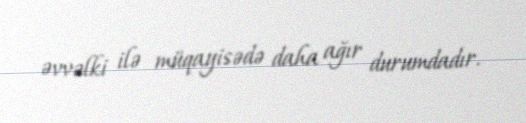
əvvəlki ilə müqayisədə daha ağır durumdadır.